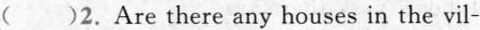
( )2.Are there any houses in the vil-